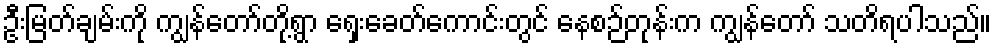
ဦးမြတ်ချမ်းကို ကျွန်တော်တို့ရွာ ရှေးခေတ်ကောင်းတွင် နေစဉ်တုန်းက ကျွန်တော် သတိရပါသည်။